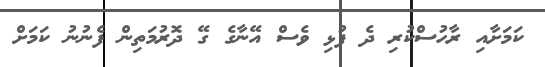
ކަމަށާއި ރާހުސްކުރި ދެ ފުޅި ވެސް އޭނާގެ ގޭ ދޮރުމަތިން ފެނުނު ކަމަށް